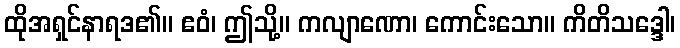
ထိုအရှင်နာရဒ၏။ ဧဝံ၊ ဤသို့။ ကလျာဏော၊ ကောင်းသော။ ကိတိသဒ္ဒေါ၊